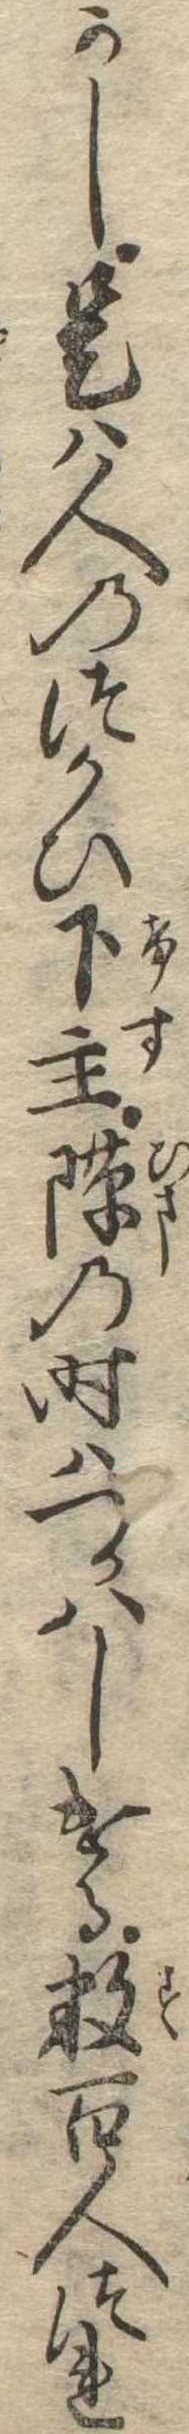
かし是は人のつかひ下主隙の時はつかはしける数百人つれ